Document type: Oath
Year: 1405
Scribe: Guillem de Lledó
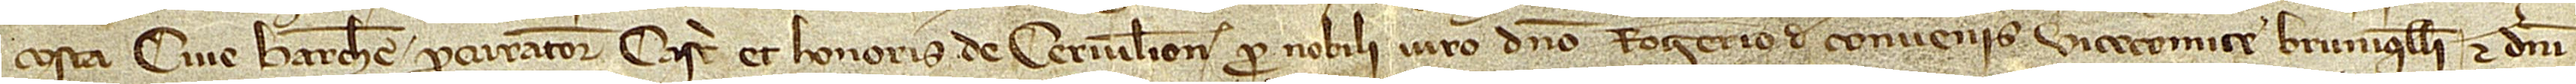
cive Barchinone, procuratore castri et honoris de Cervilione pro nobili viro domino Rogerio de Convenis, vicecomite Bruniquelli et domini